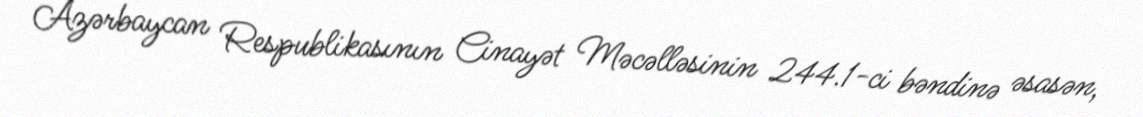
Azərbaycan Respublikasının Cinayət Məcəlləsinin 244.1-ci bəndinə əsasən,